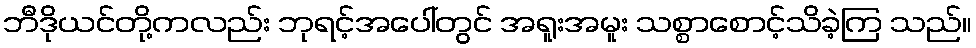
ဘီဒိုယင်တို့ကလည်း ဘုရင့်အပေါ်တွင် အရူးအမူး သစ္စာစောင့်သိခဲ့ကြ သည်။